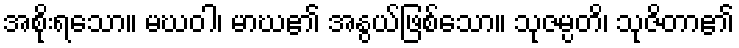
အစိုးရသော။ မဃဝါ၊ မာဃ၏ အနွယ်ဖြစ်သော။ သုဇမ္ပတိ၊ သုဇိတာ၏